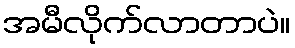
အမီလိုက်လာတာပဲ။